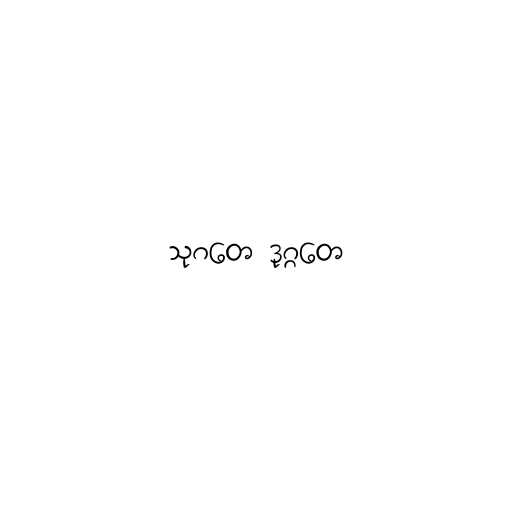
သုဂတေ ဒုဂ္ဂတေ